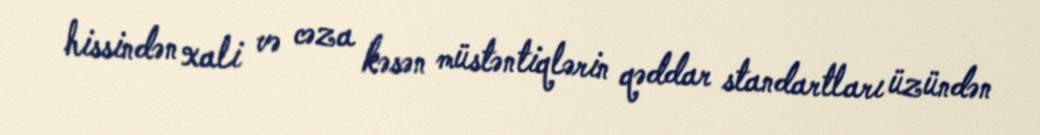
hissindən xali və cəza kəsən müstəntiqlərin qəddar standartları üzündən